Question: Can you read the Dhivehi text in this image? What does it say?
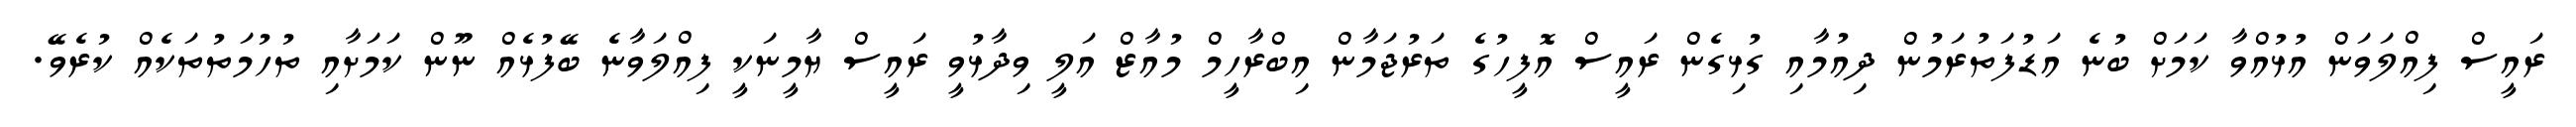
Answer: ރައީސް ފިއްލަވަން އުޅުއްވާ ކަމަށް ބުނެ އަޑުފަތުރަމުން ދިއުމާއި ގުޅިގެން ރައީސް އޮފީހުގެ ތަރުޖަމާން އިބްރާހީމް މުއާޒް އަލީ ވިދާޅުވީ ރައީސް ޔާމީނަކީ ފިއްލަވާނެ ބޭފުޅެއް ނޫން ކަމަށާއި ތުހުމަތުތަކެއް ކުރެވޭ.